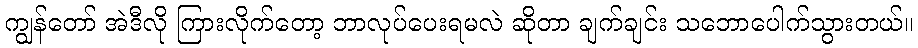
ကျွန်တော် အဲဒီလို ကြားလိုက်တော့ ဘာလုပ်ပေးရမလဲ ဆိုတာ ချက်ချင်း သဘောပေါက်သွားတယ်။